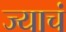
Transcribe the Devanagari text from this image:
ज्याचं